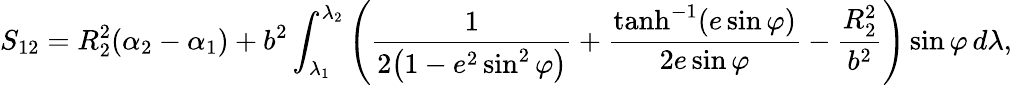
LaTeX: S_{12}=R_{2}^{2}(\alpha_{2}-\alpha_{1})+b^{2}\int_{\lambda_{1}}^{\lambda_{2}}\left({\frac{1}{2{\bigl(}1-e^{2}\sin^{2}\varphi{\bigr)}}}+{\frac{\operatorname{tanh}^{-1}(e\sin\varphi)}{2e\sin\varphi}}-{\frac{R_{2}^{2}}{b^{2}}}\right)\sin\varphi\, d\lambda,